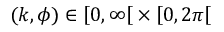
( k , \phi ) \in \left[ 0 , \infty \right[ \times \left[ 0 , 2 \pi \right[